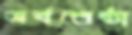
সর্বশ্রেষ্ঠা